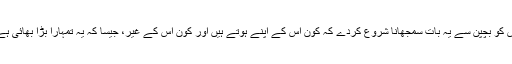
پاکستان کی ہرایک ماں کی ذمہ داری ہوتی ہے کہ وہ اپنے بچوں کی اچھی تربیت کرے، اس کو بچپن سے یہ بات سمجھانا شروع کردے کہ کون اس کے اپنے ہوتے ہیں اور کون اس کے غیر، جیسا کہ یہ تمہارا بڑا بھائی ہے، وہ والا چھوٹا بھائی، وہ بڑی بہن، پھر ویسے ہی وہ خالہ، وہ پھوپی، چاچا، ماموں وغیرہ۔